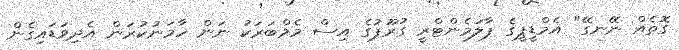
ގޮތެއް ނޭނގޭ" އެމްޑީޕީގެ ޕާލަމެންޓްރީ ގުރޫޕުގެ އިސް މެމްބަރަކު ނަން ހާމަނުކުރަން އެދިވަޑައިގެން